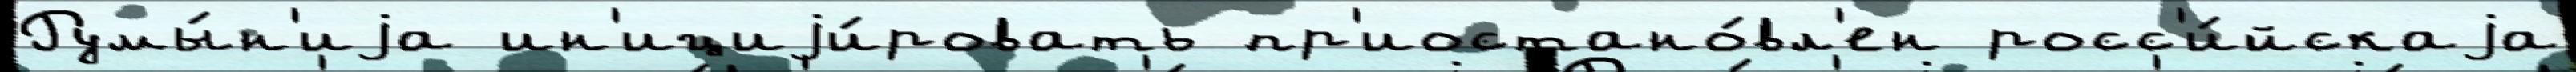
Румы́н'иjа ин'ициjи́ровать пр'иостано́вл'ен росс'и́йскаjа